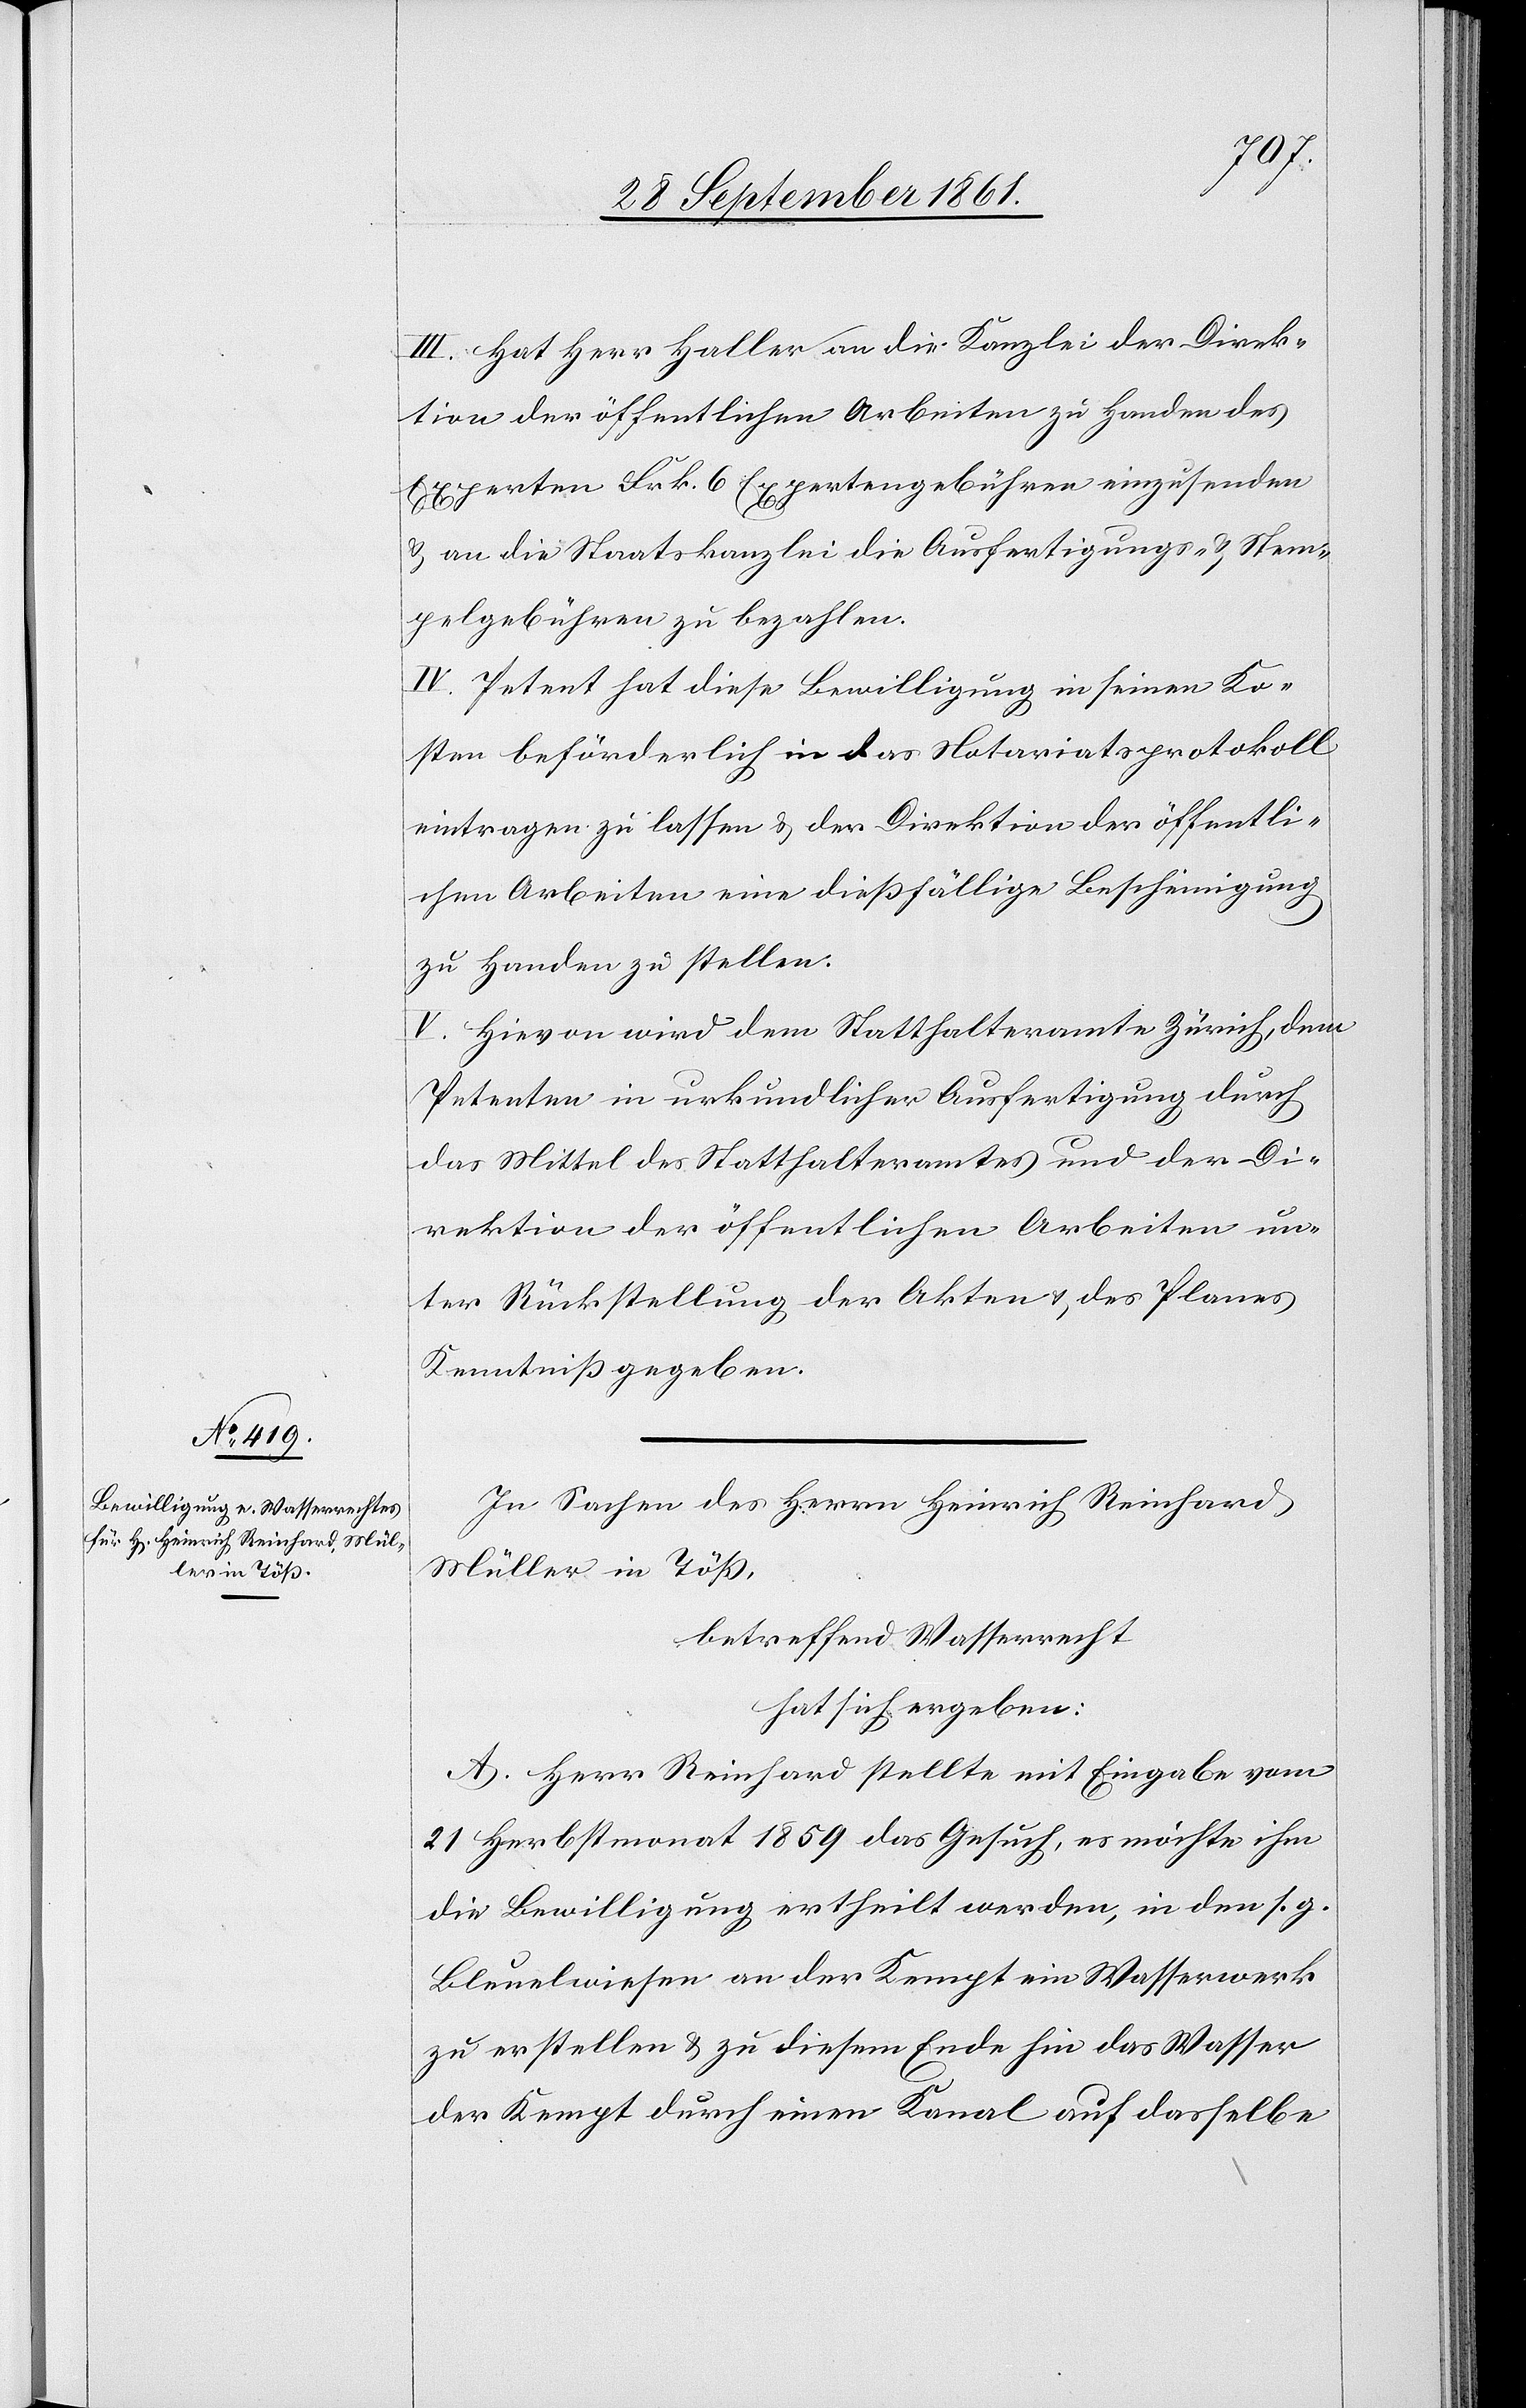
III. Hat Herr Haller an die Kanzlei der Direk¬
tion der öffentlichen Arbeiten zu Handen des
Experten Frk. 6 Expertengebühren einzusenden
u. an die Staatskanzlei die Ausfertigungs- u. Stem¬
pelgebühren zu bezahlen.
IV. Petent hat diese Bewilligung in seinen Ko¬
sten beförderlich in das Notariatsprotokoll
eintragen zu lassen u. der Direktion der öffentli¬
chen Arbeiten eine dießfällige Bescheinigung
zu Handen zu stellen.
V. Hievon wird dem Statthalteramte Zürich, dem
Petenten in urkundlicher Ausfertigung durch
das Mittel des Statthalteramtes und der Di¬
rektion der öffentlichen Arbeiten un¬
ter Rückstellung der Akten u. des Planes
Kenntniß gegeben.
In Sachen des Herrn Heinrich Reinhard
Müller in Töß,
betreffend Wasserrecht
hat sich ergeben:
A. Herr Reinhard stellte mit Eingabe vom
21 Herbstmonat 1859 das Gesuch, es möchte ihm
die Bewilligung ertheilt werden, in den s. g.
Bleuelwiesen an der Kempt ein Wasserwerk
zu erstellen u. zu diesem Ende hin das Wasser
der Kempt durch einen Kanal auf dasselbe